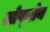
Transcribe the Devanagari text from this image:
लोफ्ग्रेन